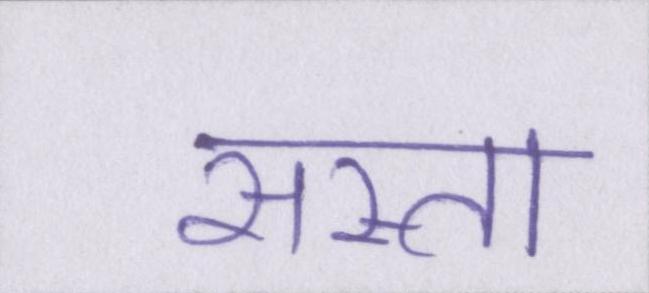
सस्ता